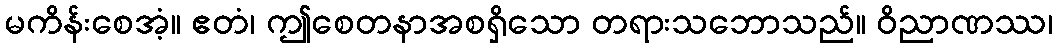
မကိန်းစေအံ့။ ဧတံ၊ ဤစေတနာအစရှိသော တရားသဘောသည်။ ဝိညာဏဿ၊